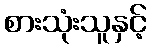
စားသုံးသူနှင့်